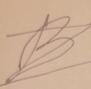
Signature authenticity: forged